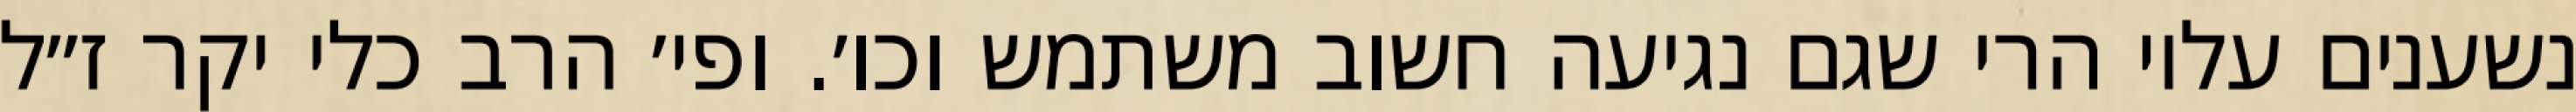
נשענים עליו הרי שגם נגיעה חשוב משתמש וכו׳. ופי׳ הרב כלי יקר ז״ל